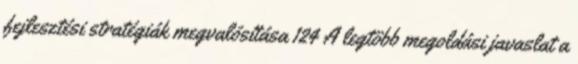
fejlesztési stratégiák megvalósítása 124 A legtöbb megoldási javaslat a